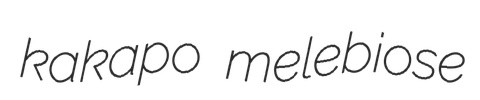
kakapo melebiose